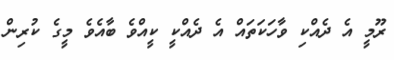
ރޫމީ އެ ދެއްކި ވާހަކަތައް އެ ދެއްކީ ކީއްވެ ބާއެވެ މީގެ ކުރިން